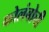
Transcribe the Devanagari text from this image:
कोलंबोची